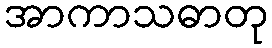
အာကာသဓာတု